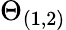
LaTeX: \Theta_{(1,2)}